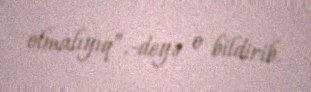
olmalıyıq”,-deyə o bildirib.